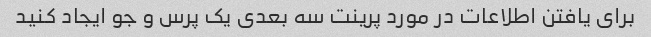
برای یافتن اطلاعات در مورد پرینت سه بعدی یک پرس و جو ایجاد کنید